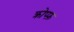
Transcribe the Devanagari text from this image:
क्रोप्फ़